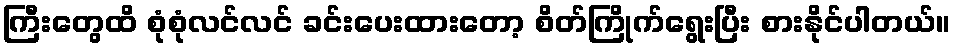
ကြီးတွေထိ စုံစုံလင်လင် ခင်းပေးထားတော့ စိတ်ကြိုက်ရွေးပြီး စားနိုင်ပါတယ်။